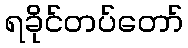
ရခိုင်တပ်တော်